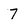
Character: 7